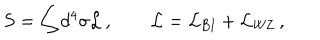
LaTeX: S = \int d ^ { 4 } \sigma { \cal L } \, , \qquad { \cal L } = { \cal L } _ { \mathrm { B I } } + { \cal L } _ { \mathrm { W Z } } \, ,